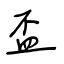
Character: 盃